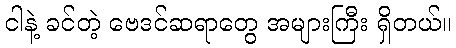
ငါနဲ့ ခင်တဲ့ ဗေဒင်ဆရာတွေ အများကြီး ရှိတယ်။